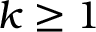
k \geq 1